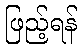
ဖြည့်ရန်